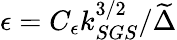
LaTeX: \epsilon=C_{\epsilon}k_{SGS}^{3/2}/\widetilde{\Delta}